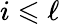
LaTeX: i\leqslant\ell